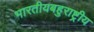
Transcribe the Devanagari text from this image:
भारतीयबहुराष्ट्रीय